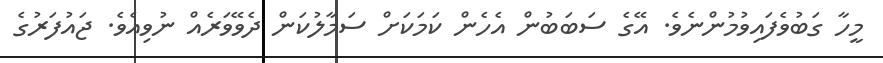
މީހާ ގަބުވެފައިވުމުންނެވެ. އޭގެ ސަބަބުން އެހެން ކަމަކަށް ސަމާލުކަން ދެވޭވަރެއް ނުވިއެވެ. ޖައުފަރުގެ